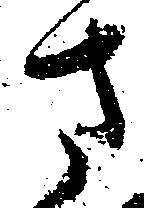
さ